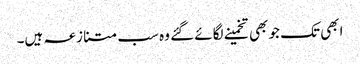
ابھی تک جو بھی تخمینے لگائے گئے وہ سب متنازعہ ہیں۔